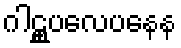
ဂါဠှူပလေပနေန